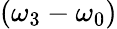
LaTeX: (\omega_{3}-\omega_{0})